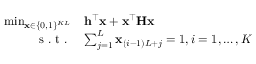
\begin{array} { r l } { \operatorname* { m i n } _ { \mathbf { x } \in \{ 0 , 1 \} ^ { K L } } } & { \mathbf { h } ^ { \top } \mathbf { x } + \mathbf { x } ^ { \top } \mathbf { H } \mathbf { x } } \\ { \mathrm { ~ s ~ . ~ t ~ . ~ } } & { \sum _ { j = 1 } ^ { L } \mathbf { x } _ { ( i - 1 ) L + j } = 1 , i = 1 , \ldots , K } \end{array}